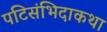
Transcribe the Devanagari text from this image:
पटिसंभिदाकथा